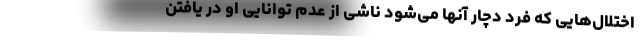
اختلال‌هایی که فرد دچار آنها می‌شود ناشی از عدم توانایی او در یافتن